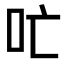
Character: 𫩔